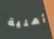
أهلية